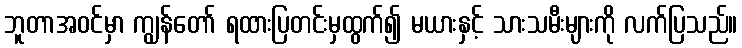
ဘူတာအဝင်မှာ ကျွန်တော် ရထားပြတင်းမှထွက်၍ မယားနှင့် သားသမီးများကို လက်ပြသည်။